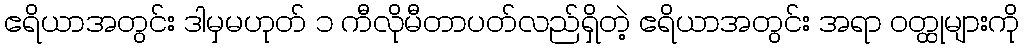
ဧရိယာအတွင်း ဒါမှမဟုတ် ၁ ကီလိုမီတာပတ်လည်ရှိတဲ့ ဧရိယာအတွင်း အရာ ဝတ္ထုများကို